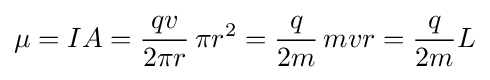
\mu =IA={\frac {qv}{2\pi r}}\,\pi r^{2}={\frac {q}{2m}}\,mvr={\frac {q}{2m}}L